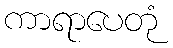
ကာရာပေတုံ